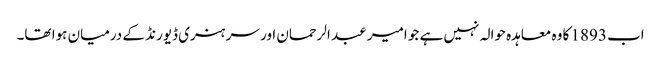
اب 1893 کا وہ معاہدہ حوالہ نہیں ہے جو امیر عبد الرحمان اور سر ہنری ڈیورنڈ کے درمیان ہوا تھا۔